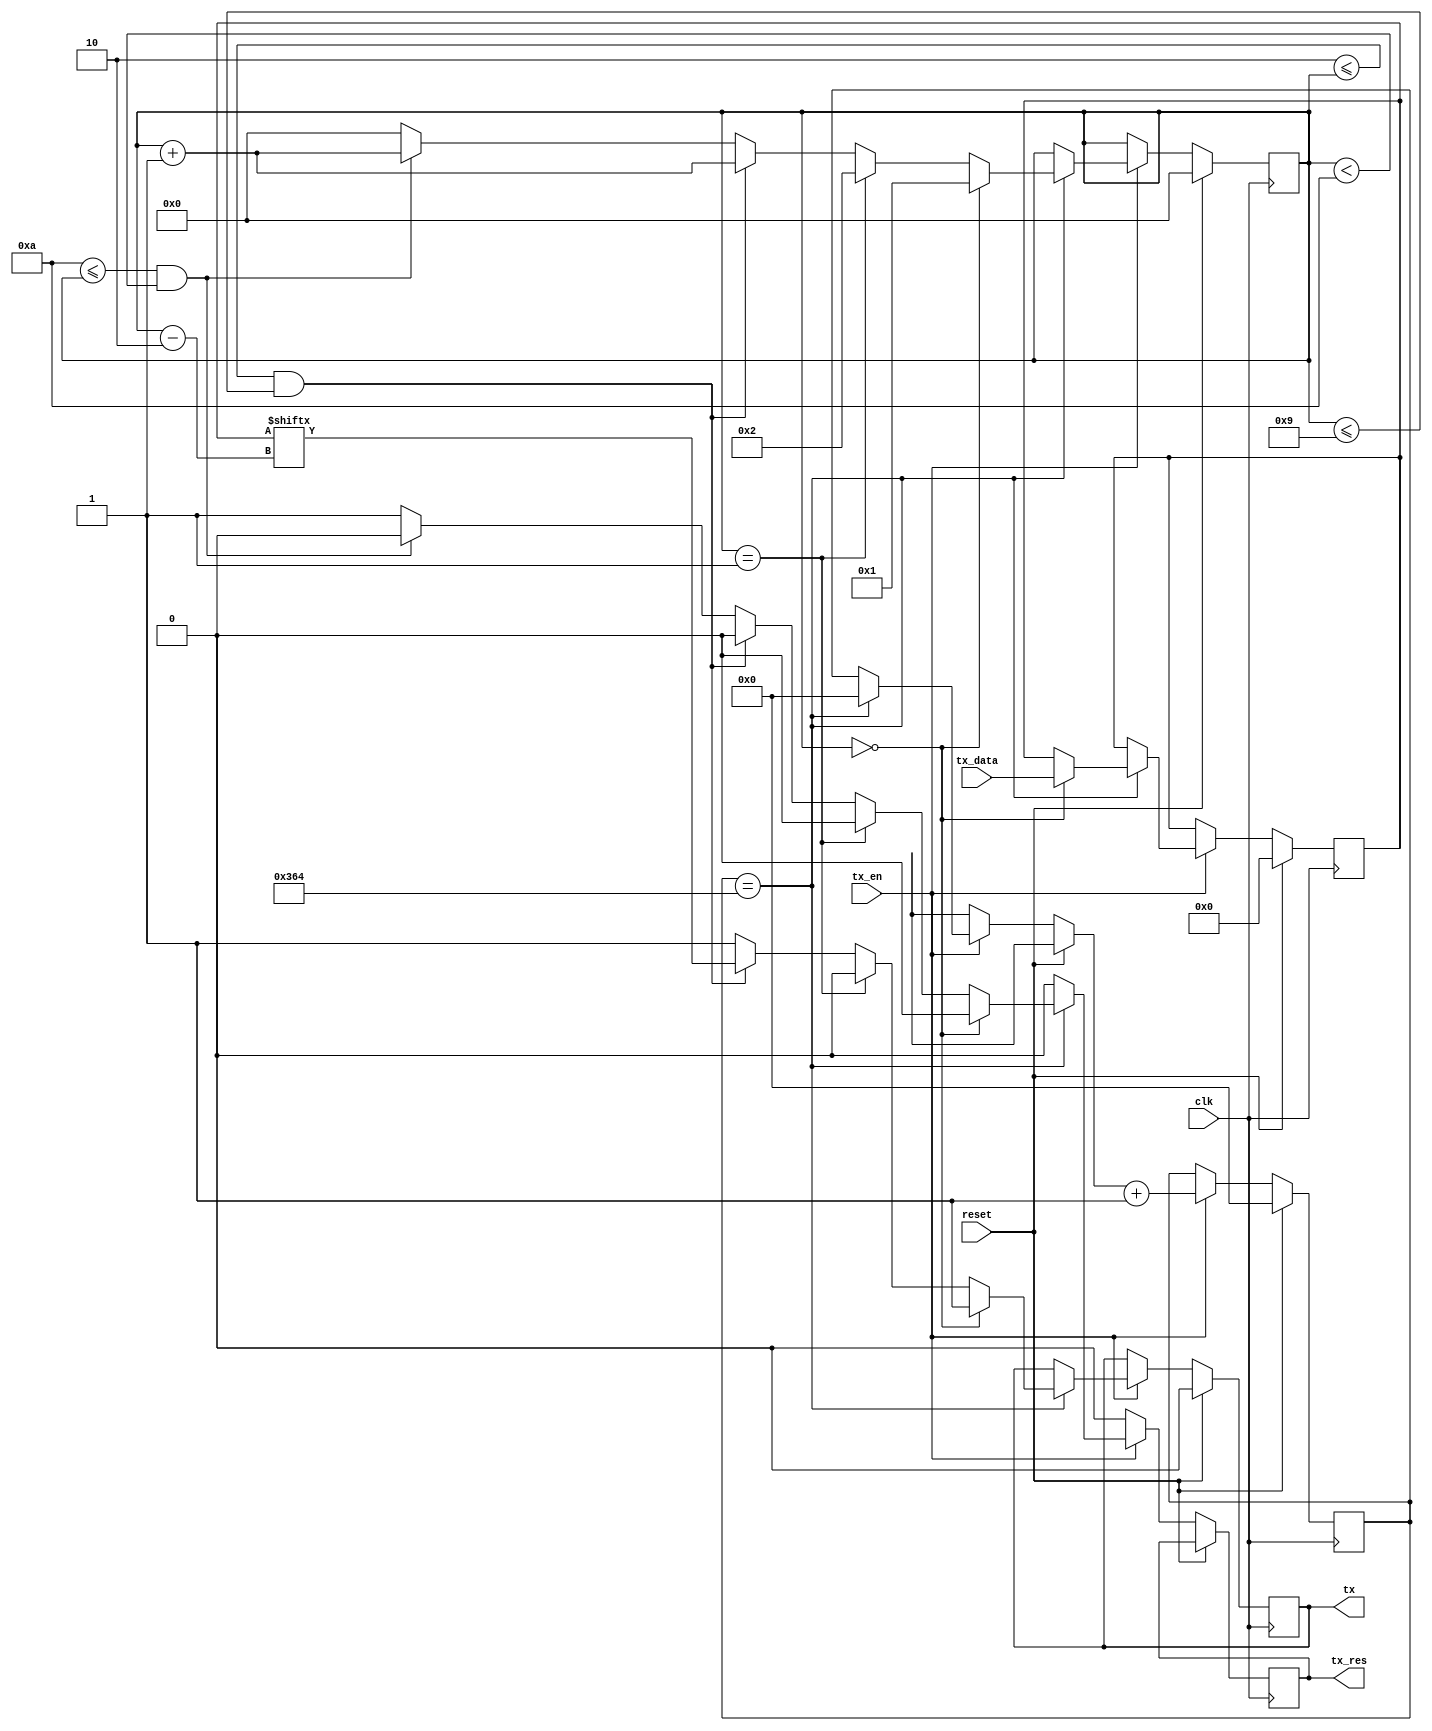
`ifndef __UART_TX_V__
`define __UART_TX_V__

module UART_Tx # (
	parameter CLK_FREQ = 100000000,
	parameter BAUD_RATE = 115200,
	parameter DATA_BITS = 8,
	parameter STOP_BITS = 1
	)   (
	input wire clk,
	input wire reset,
	output wire tx,
	input wire [DATA_BITS-1:0] tx_data,
	input wire tx_en,
	output reg tx_res
`ifdef FOR_SIM_UART
	,
	output wire [DATA_BITS-1:0] prob_tx_buf,
	output wire [$clog2(DATA_BITS):0] prob_tx_bit_count,
	output wire [$clog2(CLKS_FOR_SEND)-1:0] prob_tx_clk_count,
	output wire prob_tx_bit
`endif
	);

	localparam CLKS_FOR_SEND = CLK_FREQ / BAUD_RATE;

	reg [DATA_BITS-1:0] data;
	reg [DATA_BITS-1:0] tx_buf;
	reg [$clog2(DATA_BITS):0] tx_bit_count;
	reg [$clog2(CLKS_FOR_SEND)-1:0] tx_clk_count;
	reg tx_bit;

	initial
	begin
		data <= 0;
		tx_buf <= 0;
		tx_bit_count <= 0;
		tx_clk_count <= 0;
		tx_bit <= 0;
		tx_res <= 0;
	end

	always @ (posedge clk)
	begin
		if (reset)
		begin
			tx_buf = 0;
			tx_bit_count = 0;
			tx_clk_count = 0;
			tx_bit = 0;
		end
		else
		begin
			tx_res = 0;
			if (tx_en)
			begin
				if (tx_clk_count == CLKS_FOR_SEND)
				begin
					if (tx_bit_count == 0)
					begin
						tx_bit = 1;
						tx_bit_count = 1;
						tx_buf = data;
					end
					else if (tx_bit_count == 1)
					begin
						tx_bit = 0;
						tx_bit_count = 2;
					end
					else if (2 <= tx_bit_count && tx_bit_count <= DATA_BITS + 1)
					begin
						tx_bit = tx_buf[tx_bit_count-2];
						tx_bit_count = tx_bit_count + 1;
					end
					else if (DATA_BITS + 2 <= tx_bit_count && tx_bit_count < DATA_BITS + STOP_BITS + 1)
					begin
						tx_bit = 1;
						tx_bit_count = tx_bit_count + 1;
					end
					else
					begin
						tx_bit = 1;
						tx_bit_count = 0;
						tx_res = 1;
					end
					tx_clk_count = 0;
				end
				tx_clk_count = tx_clk_count + 1;
			end
		end
	end

	assign tx = tx_bit;

	always @ (tx_data)
	begin
		data <= tx_data;
	end

`ifdef FOR_SIM_UART
	assign prob_tx_buf = tx_buf;
	assign prob_tx_bit_count = tx_bit_count;
	assign prob_tx_clk_count = tx_clk_count;
	assign prob_tx_bit = tx_bit;
`endif

endmodule

`endif /*__UART_TX_V__*/